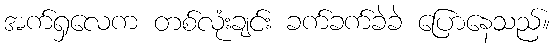
အက်ရှလေက တစ်လုံးချင်း ခက်ခက်ခဲခဲ ပြောနေသည်။